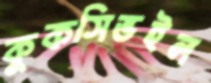
কুকসিভইল